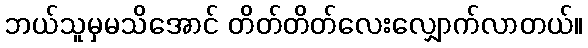
ဘယ်သူမှမသိအောင် တိတ်တိတ်လေးလျှောက်လာတယ်။